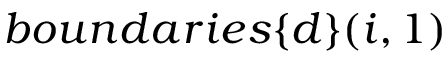
b o u n d a r i e s \{ d \} ( i , 1 )